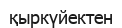
қыркүйектен